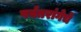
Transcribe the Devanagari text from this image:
पर्वतरांगेचे